Language: tamil
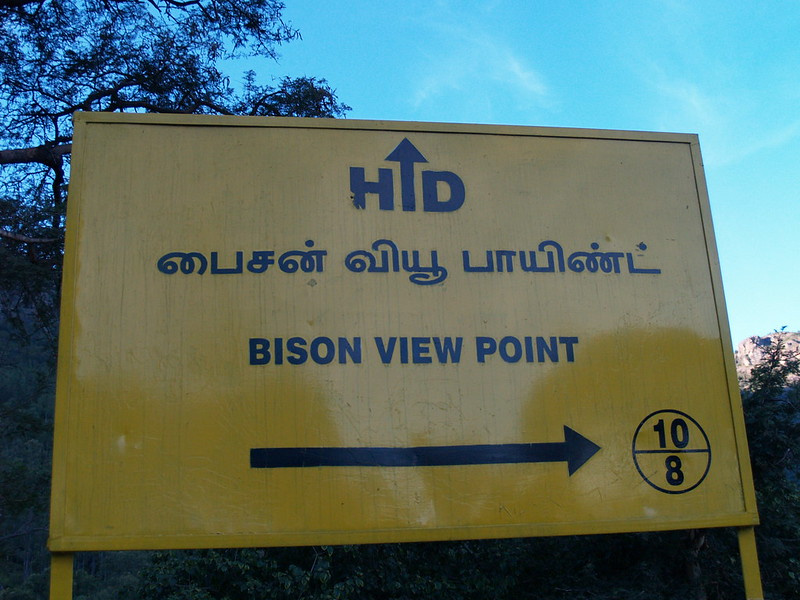
Transcription: வியூ பாயிண்ட் பைசன்